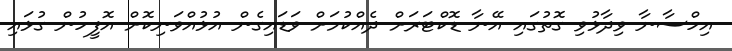
އިހްސާނާ ވިދާޅުވި ގޮތުގައި އޭނާ ޑޮކްޓަރަށް ދެއްކުމަށް ވަޑައިގެން އުޅުއްވަނިކޮށް އޮފީހުން ގުޅައި